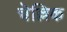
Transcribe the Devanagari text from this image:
चॆल्लिक